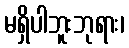
မရှိပါဘူးဘုရား၊